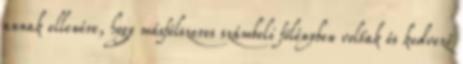
annak ellenére, hogy másfélszeres számbeli fölényben voltak és kedvező